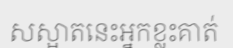
សស្អាតនេះអ្នកខ្លះគាត់